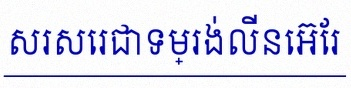
សរសេរជាទម្រង់លីនេអ៊ែរ